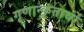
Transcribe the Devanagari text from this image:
गृणान्कृतार्थो